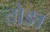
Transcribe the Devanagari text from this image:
तोङा